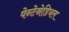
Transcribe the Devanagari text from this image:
पेन्टेनेडियल